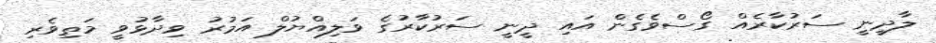
ލާދީނީ ސަރުކާރެއް ގޯސްވެގެން އައި ދީނީ ސަރުކާރުގެ ވަލިއްޔުލް އަމުރު ވިދާޅުވީ މަތިވެރި